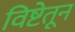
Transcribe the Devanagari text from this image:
विष्टेतून